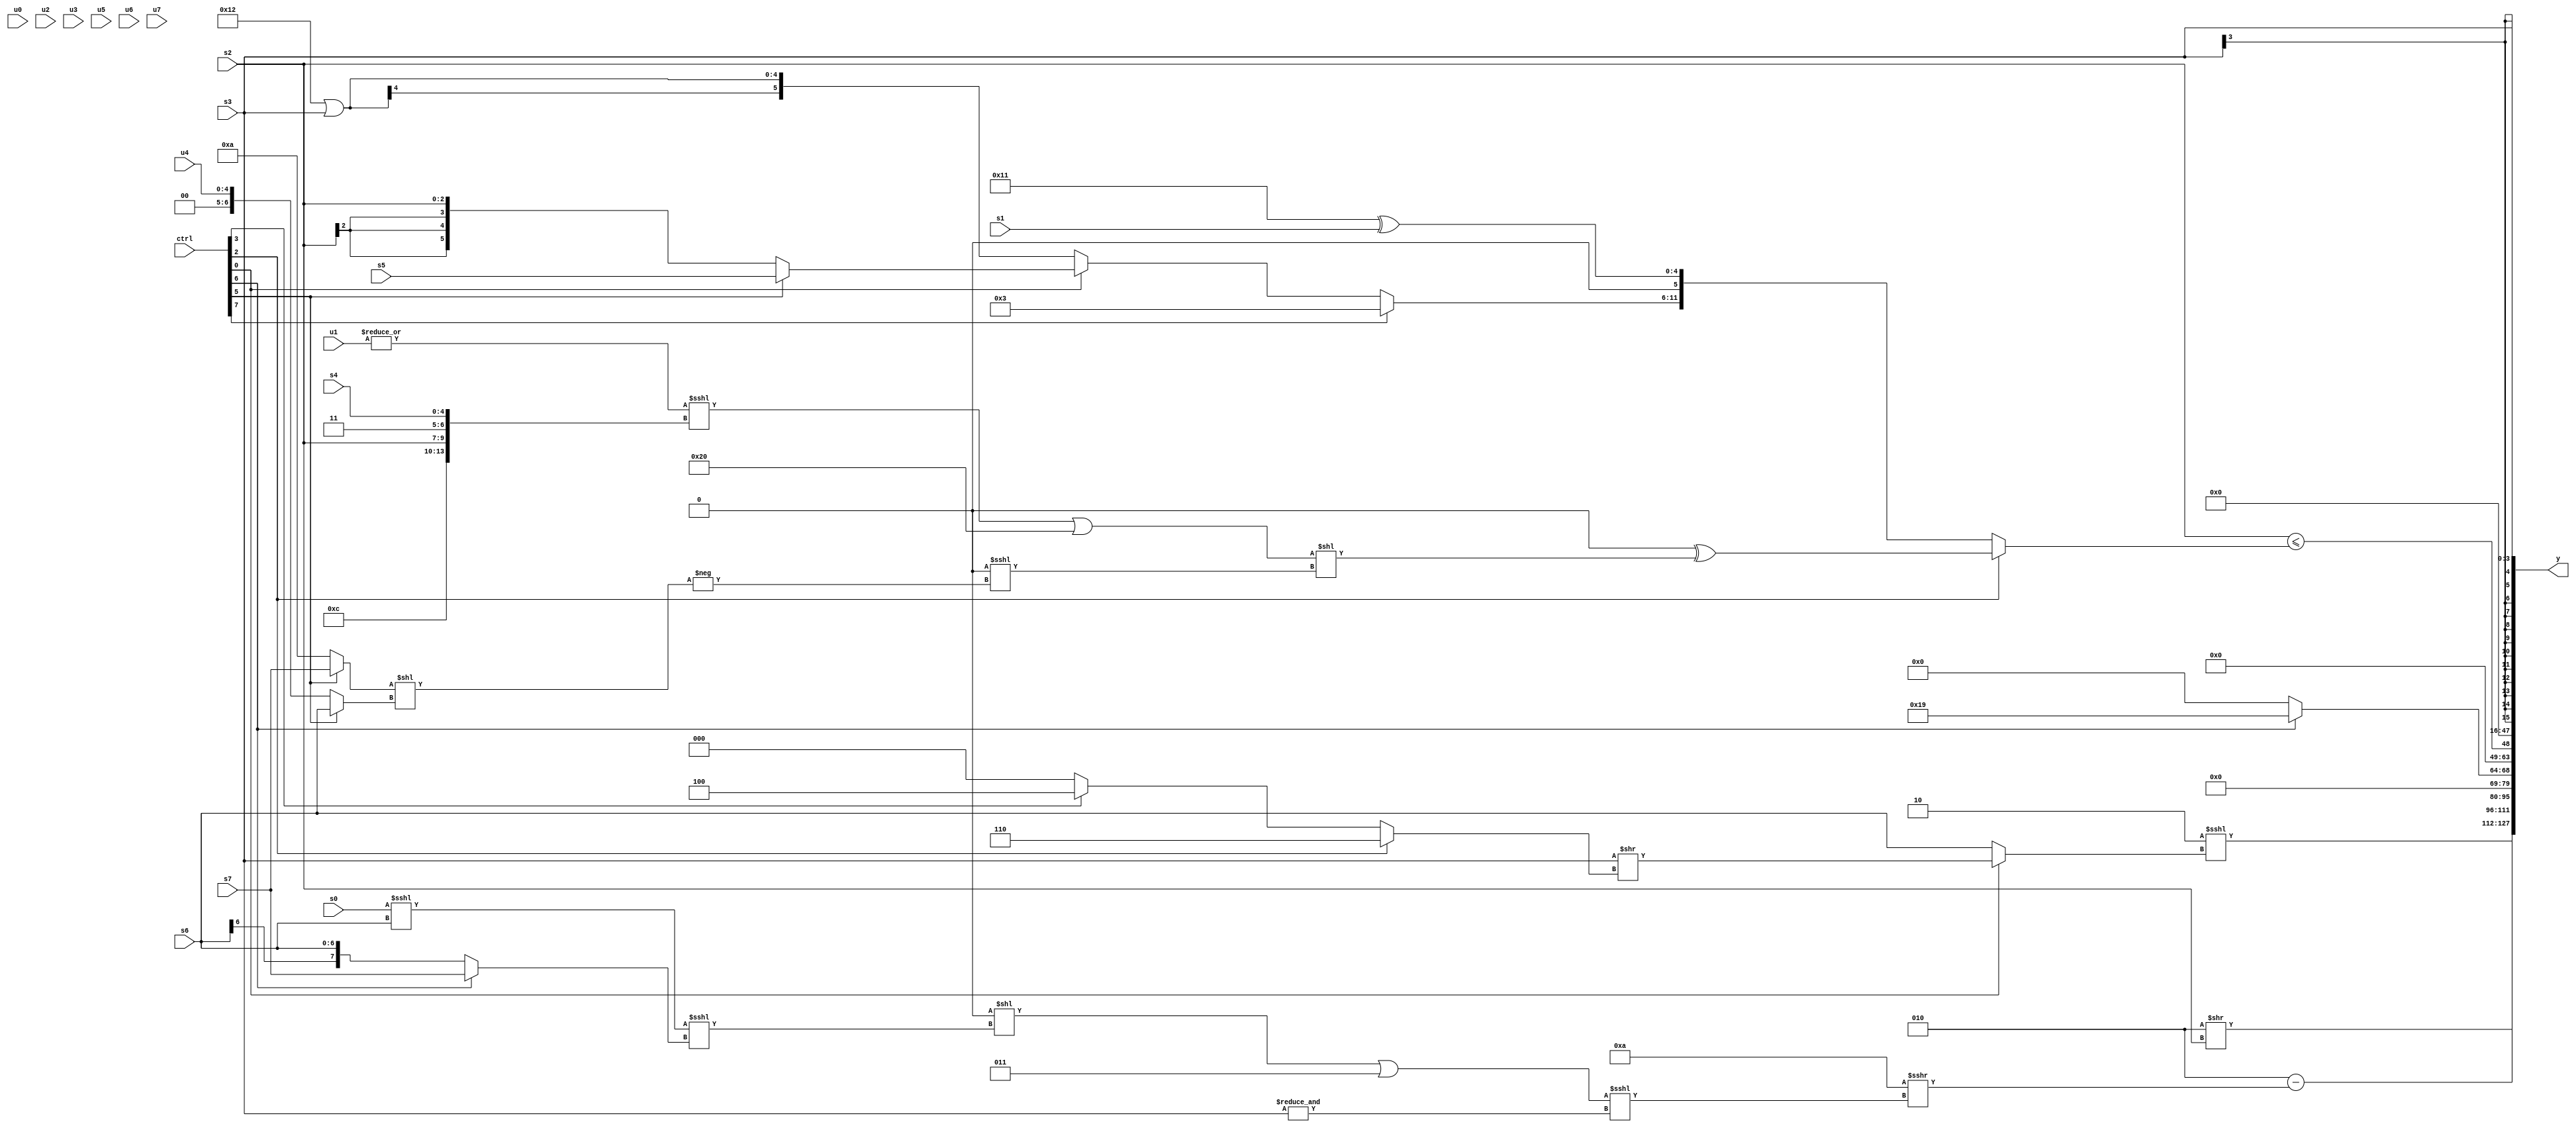
module wideexpr_00096(ctrl, u0, u1, u2, u3, u4, u5, u6, u7, s0, s1, s2, s3, s4, s5, s6, s7, y);
  input [7:0] ctrl;
  input [0:0] u0;
  input [1:0] u1;
  input [2:0] u2;
  input [3:0] u3;
  input [4:0] u4;
  input [5:0] u5;
  input [6:0] u6;
  input [7:0] u7;
  input signed [0:0] s0;
  input signed [1:0] s1;
  input signed [2:0] s2;
  input signed [3:0] s3;
  input signed [4:0] s4;
  input signed [5:0] s5;
  input signed [6:0] s6;
  input signed [7:0] s7;
  output [127:0] y;
  wire [15:0] y0;
  wire [15:0] y1;
  wire [15:0] y2;
  wire [15:0] y3;
  wire [15:0] y4;
  wire [15:0] y5;
  wire [15:0] y6;
  wire [15:0] y7;
  assign y = {y0,y1,y2,y3,y4,y5,y6,y7};
  assign y0 = (2'sb10)<<<((ctrl[0]?(s3)>>((ctrl[2]?+(3'sb110):+((ctrl[3]?$unsigned(3'sb100):1'b0)))):s6));
  assign y1 = ((-(2'sb10))>>>($signed(((s1)&(s1))>>(4'sb1010))))>>($signed(s2));
  assign y2 = (3'sb010)-(((5'sb01010)>>>((((2'sb00)<<(((s0)<<<(s6))<<<((ctrl[6]?s7:s6))))|((+($signed(3'b110)))>>(({2'sb11})&(4'b1101))))<<<(+(|(&(s3))))))>>($signed(1'sb0)));
  assign y3 = (ctrl[6]?6'sb011001:4'sb0000);
  assign y4 = ($unsigned(s2))<=((ctrl[2]?(((1'sb0)>=({2{{4{(5'sb00110)<<(2'sb10)}}}}))&({1{5'sb11110}}))^(({1{((|(u1))<<<({4'sb1100,s2,2'sb11,s4}))|(6'sb100000)}})<<((4'sb0000)<<<(-(((ctrl[5]?s7:5'sb01010))<<((ctrl[5]?s6:u4)))))):{{1{+((ctrl[7]?$signed(4'sb0011):(ctrl[0]?(ctrl[5]?s5:s2):(5'sb10010)|(s3))))}},(6'b010001)^(s1)}));
  assign y5 = (!((ctrl[3]?s6:((!(1'sb0))^~(s1))==((ctrl[4]?6'sb110100:(ctrl[1]?s1:4'sb1011))))))<<(~(5'sb01000));
  assign y6 = +(2'b00);
  assign y7 = s3;
endmodule